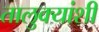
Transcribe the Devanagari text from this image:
तालुक्यांशी